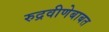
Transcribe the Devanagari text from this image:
रुद्रवीणेबाबत